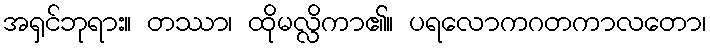
အရှင်ဘုရား။ တဿာ၊ ထိုမလ္လိကာ၏။ ပရလောကဂတကာလတော၊